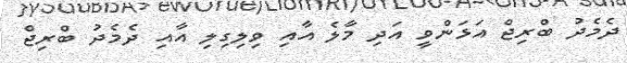
ދެމެދު ބްރިޖް އަޅަންވީ އަދި މާލެ އާއި ވިލިގިިލި އާއި ދެމެދު ބްރިޖް